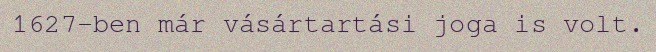
1627-ben már vásártartási joga is volt.